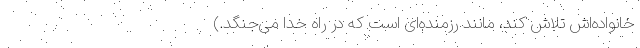
خانواده‌اش تلاش کند، مانند رزمنده‌ای است که در راه خدا می‌جنگد.)